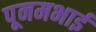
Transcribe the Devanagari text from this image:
पूनमभाई